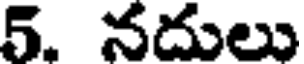
5. నదులు